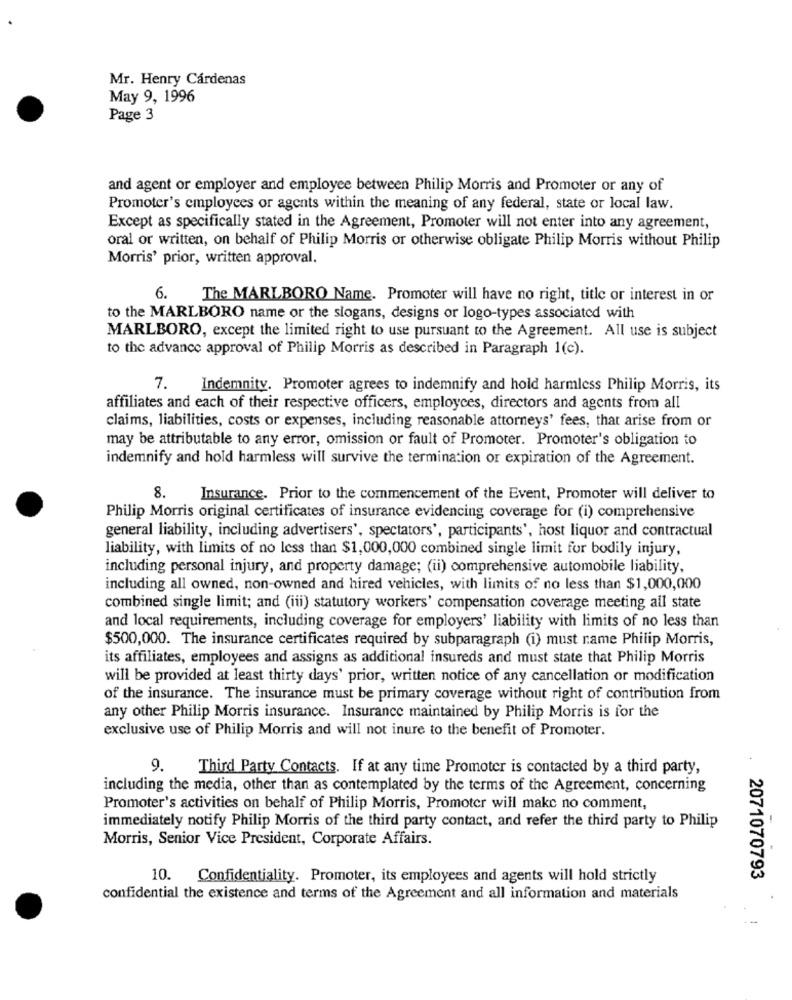
Mr. Henry Cárdenas
May 9, 1996
Page 3
and agent or employer and employee between Philip Morris and Promoter or any of
Promoter's employees or agents within the meaning of any federal, state or local law.
Except as specifically stated in the Agreement, Promoter will not enter into any agreement,
oral or written, on behalf of Philip Morris or otherwise obligate Philip Morris without Philip
Morris' prior, written approval.
6.
The MARLBORO Name. Promoter will have no right, title or interest in or
to the MARLBORO name or the slogans, designs or logo-types associated with
MARLBORO, except the limited right to use pursuant to the Agreement. All use is subject
to the advance approval of Philip Morris as described in Paragraph 1(c).
7.
Indemnity. Promoter agrees to indemnify and hold harmless Philip Morris, its
affiliates and each of their respective officers, employees, directors and agents from all
claims, liabilities, costs or expenses, including reasonable attorneys' fees, that arise from or
may be attributable to any error, omission or fault of Promoter. Promoter's obligation to
indemnify and hold harmless will survive the termination or expiration of the Agreement.
8.
Insurance. Prior to the commencement of the Event, Promoter will deliver to
Philip Morris original certificates of insurance evidencing coverage for (i) comprehensive
general liability, including advertisers', spectators', participants', host liquor and contractual
liability, with limits of no less than $1,000,000 combined single limit for bodily injury,
including personal injury, and property damage; (ii) comprehensive automobile liability,
including all owned, non-owned and hired vehicles, with limits of no less than $1,000,000
combined single limit; and (iii) statutory workers' compensation coverage meeting all state
and local requirements, including coverage for employers' liability with limits of no less than
$500,000. The insurance certificates required by subparagraph (i) must name Philip Morris,
its affiliates, employees and assigns as additional insureds and must state that Philip Morris
will be provided at least thirty days' prior, written notice of any cancellation or modification
of the insurance. The insurance must be primary coverage without right of contribution from
any other Philip Morris insurance. Insurance maintained by Philip Morris is for the
exclusive use of Philip Morris and will not inure to the benefit of Promoter.
9.
Third Party Contacts. If at any time Promoter is contacted by a third party,
including the media, other than as contemplated by the terms of the Agreement, concerning
Promoter's activities on behalf of Philip Morris, Promoter will make no comment,
immediately notify Philip Morris of the third party contact, and refer the third party to Philip
Morris, Senior Vice President, Corporate Affairs.
10.
Confidentiality. Promoter, its employees and agents will hold strictly
2071070793
confidential the existence and terms of the Agreement and all information and materials